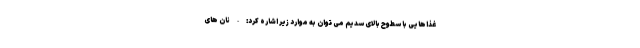
غذاهایی با سطوح بالای سدیم می توان به موارد زیر اشاره کرد: - نان های